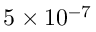
5 \times 1 0 ^ { - 7 }